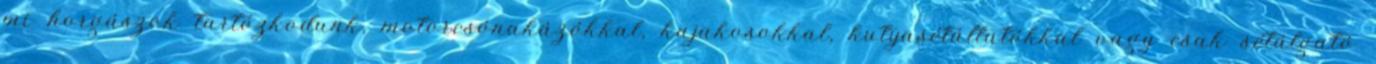
mi horgászok tartózkodunk, motorcsónakázókkal, kajakosokkal, kutyasétáltatókkal vagy csak sétálgató